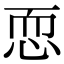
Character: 恧